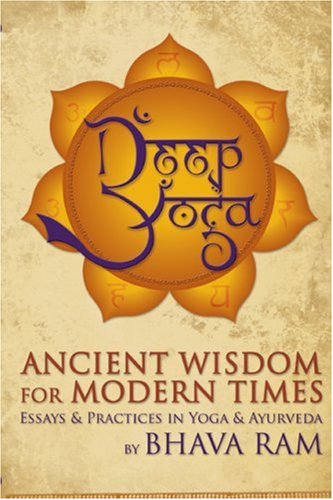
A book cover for Deep Yoga: Ancient Wisdom for Modern Times; Bhava Ram; Health, Fitness & Dieting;